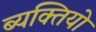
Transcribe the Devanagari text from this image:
ब्यक्तियो